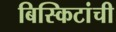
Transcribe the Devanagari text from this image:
बिस्किटांची